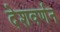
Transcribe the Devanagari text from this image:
देशवर्णन